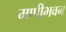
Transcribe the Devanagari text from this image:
मणीभवन